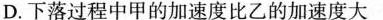
D.下落过程中甲的加速度比乙的加速度大